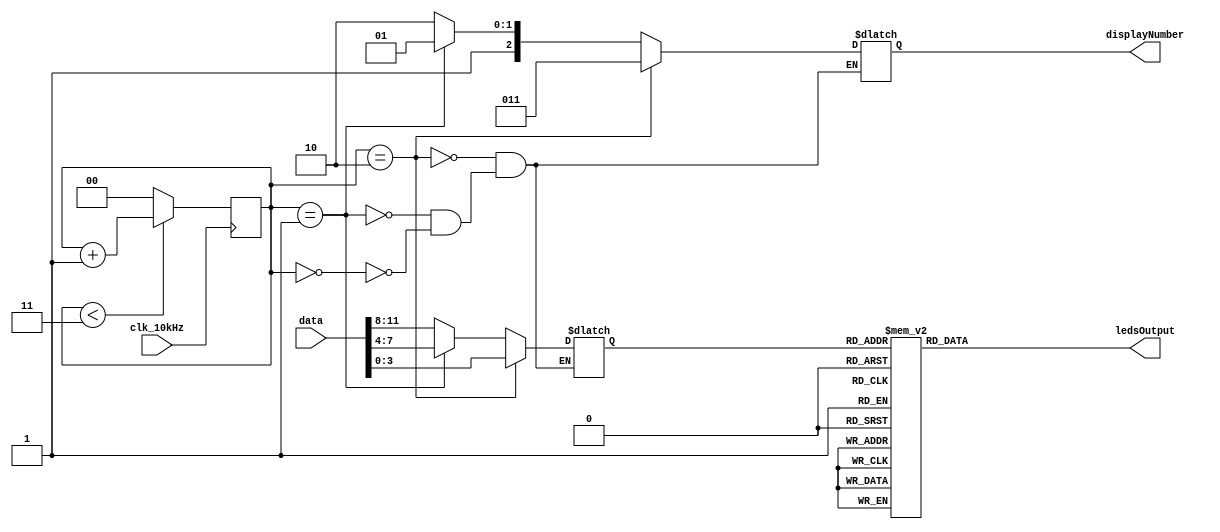
`timescale 1ns / 1ps
//////////////////////////////////////////////////////////////////////////////////
// Company: 
// Engineer: 
// 
// Design Name: 
// Module Name: DisplayController
// Project Name: 
// Target Devices: 
// Tool Versions: 
// Description: 
// 
// Dependencies: 
// 
// Revision:
// Revision 0.01 - File Created
// Additional Comments:
// 
//////////////////////////////////////////////////////////////////////////////////


module DisplayController(
    input clk_10kHz,
    input [11:0] data,
    output reg [2:0] displayNumber,
    output reg [6:0] ledsOutput
    );
    
    reg [1:0] refreshCnt;
    reg [3:0] number;
    
    always @(posedge clk_10kHz)
    if(refreshCnt < 2'b11)
        refreshCnt <= refreshCnt+1;
    else 
        refreshCnt <= 0;  
    
    always @(refreshCnt)
        begin
            if(refreshCnt == 2'b00)
                begin
                    number <= data[11:8];
                    displayNumber <= 3'b110;
                end
            
            if (refreshCnt == 2'b01)
                begin
                    number <= data[7:4];
                    displayNumber <= 3'b101;
                end
            
            if (refreshCnt == 2'b10)
                begin
                    number <= data[3:0];
                    displayNumber <= 3'b011;
                end
                
     end
    
       always @(number)
        begin
            case(number)
                4'b0000 : ledsOutput <= 7'b1000000; //0
                4'b0001 : ledsOutput <= 7'b1111001; //1
                4'b0010 : ledsOutput <= 7'b0100100; //2
                4'b0011 : ledsOutput <= 7'b0110000; //3
                4'b0100 : ledsOutput <= 7'b0011001; //4
                4'b0101 : ledsOutput <= 7'b0010010; //5
                4'b0110 : ledsOutput <= 7'b0000010; //6
                4'b0111 : ledsOutput <=7'b1111000; //7
                4'b1000 : ledsOutput <= 7'b0000000; //8
                4'b1001 : ledsOutput <= 7'b0010000; //9
                default : ledsOutput <= 7'b0111111;
            endcase
        end
endmodule